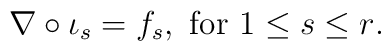
\nabla \circ \iota_s = f_s, \mbox{ for $1\leq s\leq r$}.